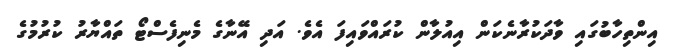
އިންތިހާބުގައި ވާދަކުރާނެކަން އިއުލާން ކުރައްވައިފަ އެވެ. އަދި އޭނާގެ މެނިފެސްޓޯ ތައްޔާރު ކުރުމުގެ